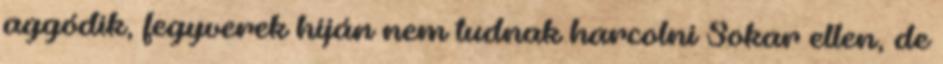
aggódik, fegyverek híján nem tudnak harcolni Sokar ellen, de